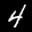
Label: 4